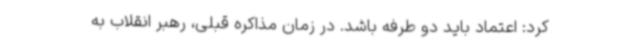
کرد: اعتماد باید دو طرفه باشد. در زمان مذاکره قبلی، رهبر انقلاب به